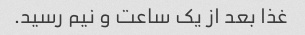
غذا بعد از یک ساعت و نیم رسید.